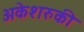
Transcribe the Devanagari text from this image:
अकेशरुकी